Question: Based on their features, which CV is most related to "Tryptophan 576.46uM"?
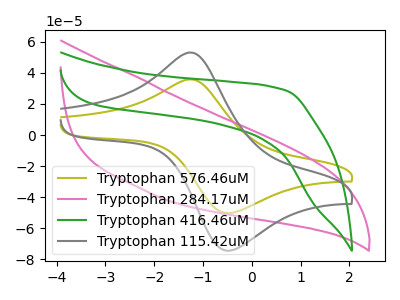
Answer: <think>The olive curve "Tryptophan 576.46uM" has an anodic peak at (-1.25V, 35.75uA) and a cathodic peak at (-0.45V, -50.10uA). The pink curve "Tryptophan 284.17uM" has no peaks. The green curve "Tryptophan 416.46uM" has no peaks. The gray curve "Tryptophan 115.42uM" has an anodic peak at (-1.25V, 53.00uA) and a cathodic peak at (-0.45V, -74.20uA).
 "Tryptophan 576.46uM" and "Tryptophan 284.17uM" have a different number of peaks. "Tryptophan 576.46uM" and "Tryptophan 416.46uM" have a different number of peaks. All the peaks in "Tryptophan 576.46uM" have a peak in "Tryptophan 115.42uM" at the same potential. Every peak in "Tryptophan 576.46uM" is lower than every peak in "Tryptophan 115.42uM". Neither "Tryptophan 284.17uM" or "Tryptophan 416.46uM" have any peaks. "Tryptophan 284.17uM" and "Tryptophan 115.42uM" have a different number of peaks. "Tryptophan 416.46uM" and "Tryptophan 115.42uM" have a different number of peaks.</think>
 <answer>The CV with the most similar shape to "Tryptophan 115.42uM" is "Tryptophan 576.46uM".</answer>
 <eval>"Tryptophan 576.46uM"</eval>